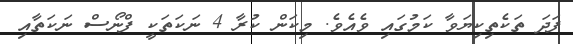
ފަދަ ތަކެތިކިޔަވާ ކަމުގައި ވެއެވެ. މިކަން ކުރާ 4 ނަކަތަކީ ފްނޯސް ނަކަތާއި